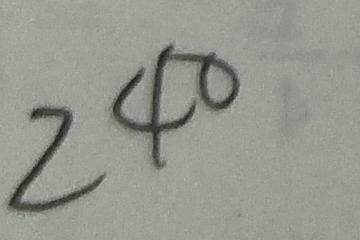
2 4 0